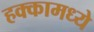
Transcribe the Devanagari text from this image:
हक्कामध्ये